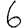
Digit: 6